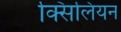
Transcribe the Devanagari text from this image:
क्सिलियन